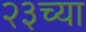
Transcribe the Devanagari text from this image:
२३च्या